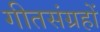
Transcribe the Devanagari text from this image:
गीतसंग्रहों